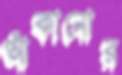
আঁকানোর